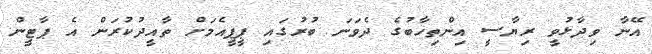
އޭނާ ވިދާޅުވީ ރިޔާސީ އިންތިހާބުގެ ދެވަނަ ބުރުގައި ޕީޕީއެމަށް ތާއީދުކުރަން އެ ޕާޓީން